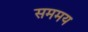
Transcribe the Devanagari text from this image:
सममय